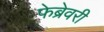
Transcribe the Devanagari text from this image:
फेब्रेवरी